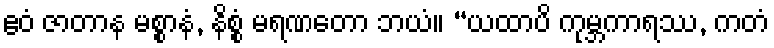
ဧဝံ ဇာတာန မစ္စာနံ, နိစ္စံ မရဏတော ဘယံ။ “ယထာပိ ကုမ္ဘကာရဿ, ကတံ